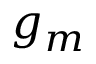
g _ { m }